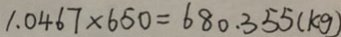
1 . 0 4 6 7 \times 6 5 0 = 6 8 0 . 3 5 5 ( k g )